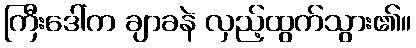
ကြီးဒေါ်က ချာခနဲ လှည့်ထွက်သွား၏။